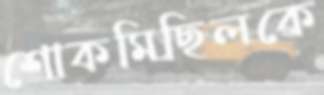
শোকমিছিলকে